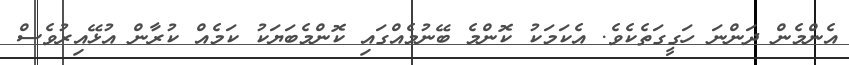
އެންމެން ދަންނަ ހަގީގަތެކެވެ. އެކަމަކު ކޮންމެ ބޭނުމެއްގައި ކޮންމެބަޔަކު ކަމެއް ކުރާން އުޅޭއިރުވެސް